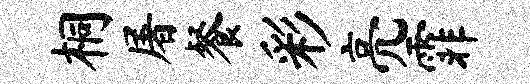
桐屠餐彩亮霏